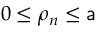
0 \leq \rho _ { n } \leq \mathsf { a }